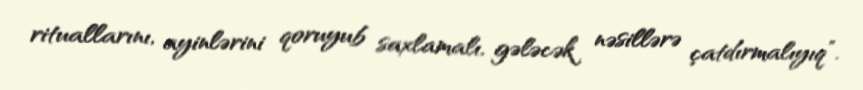
rituallarını, ayinlərini qoruyub saxlamalı, gələcək nəsillərə çatdırmalıyıq”.